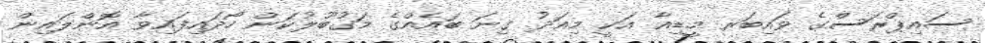
ސައިޕްރަސްގެ ވައިބަރ މީޑިއާ އަކީ މިއަދު ގިނަ ބައެއްގެ މަގުބޫލުކަން ހޯދައިފައިވާ އޮންލައިން